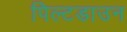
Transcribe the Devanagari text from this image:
पिल्टडाउन